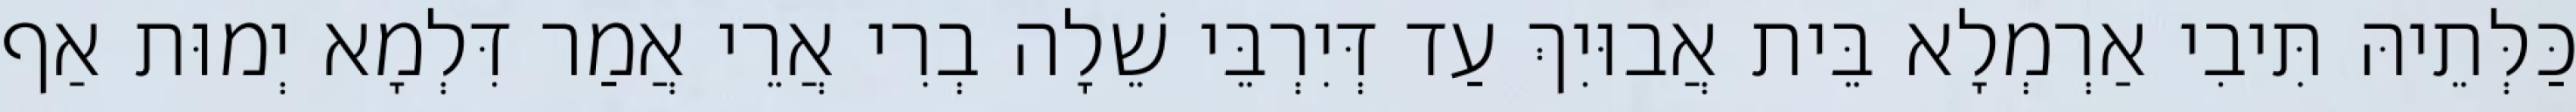
כַּלְּתֵיהּ תִּיבִי אַרְמְלָא בֵּית אֲבוּיִךְ עַד דְּיִרְבֵּי שֵׁלָה בְרִי אֲרֵי אֲמַר דִּלְמָא יְמוּת אַף